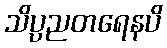
သိပ္ပညတရေနပိ